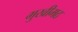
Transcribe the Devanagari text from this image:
मुखीमठ